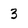
Character: 3